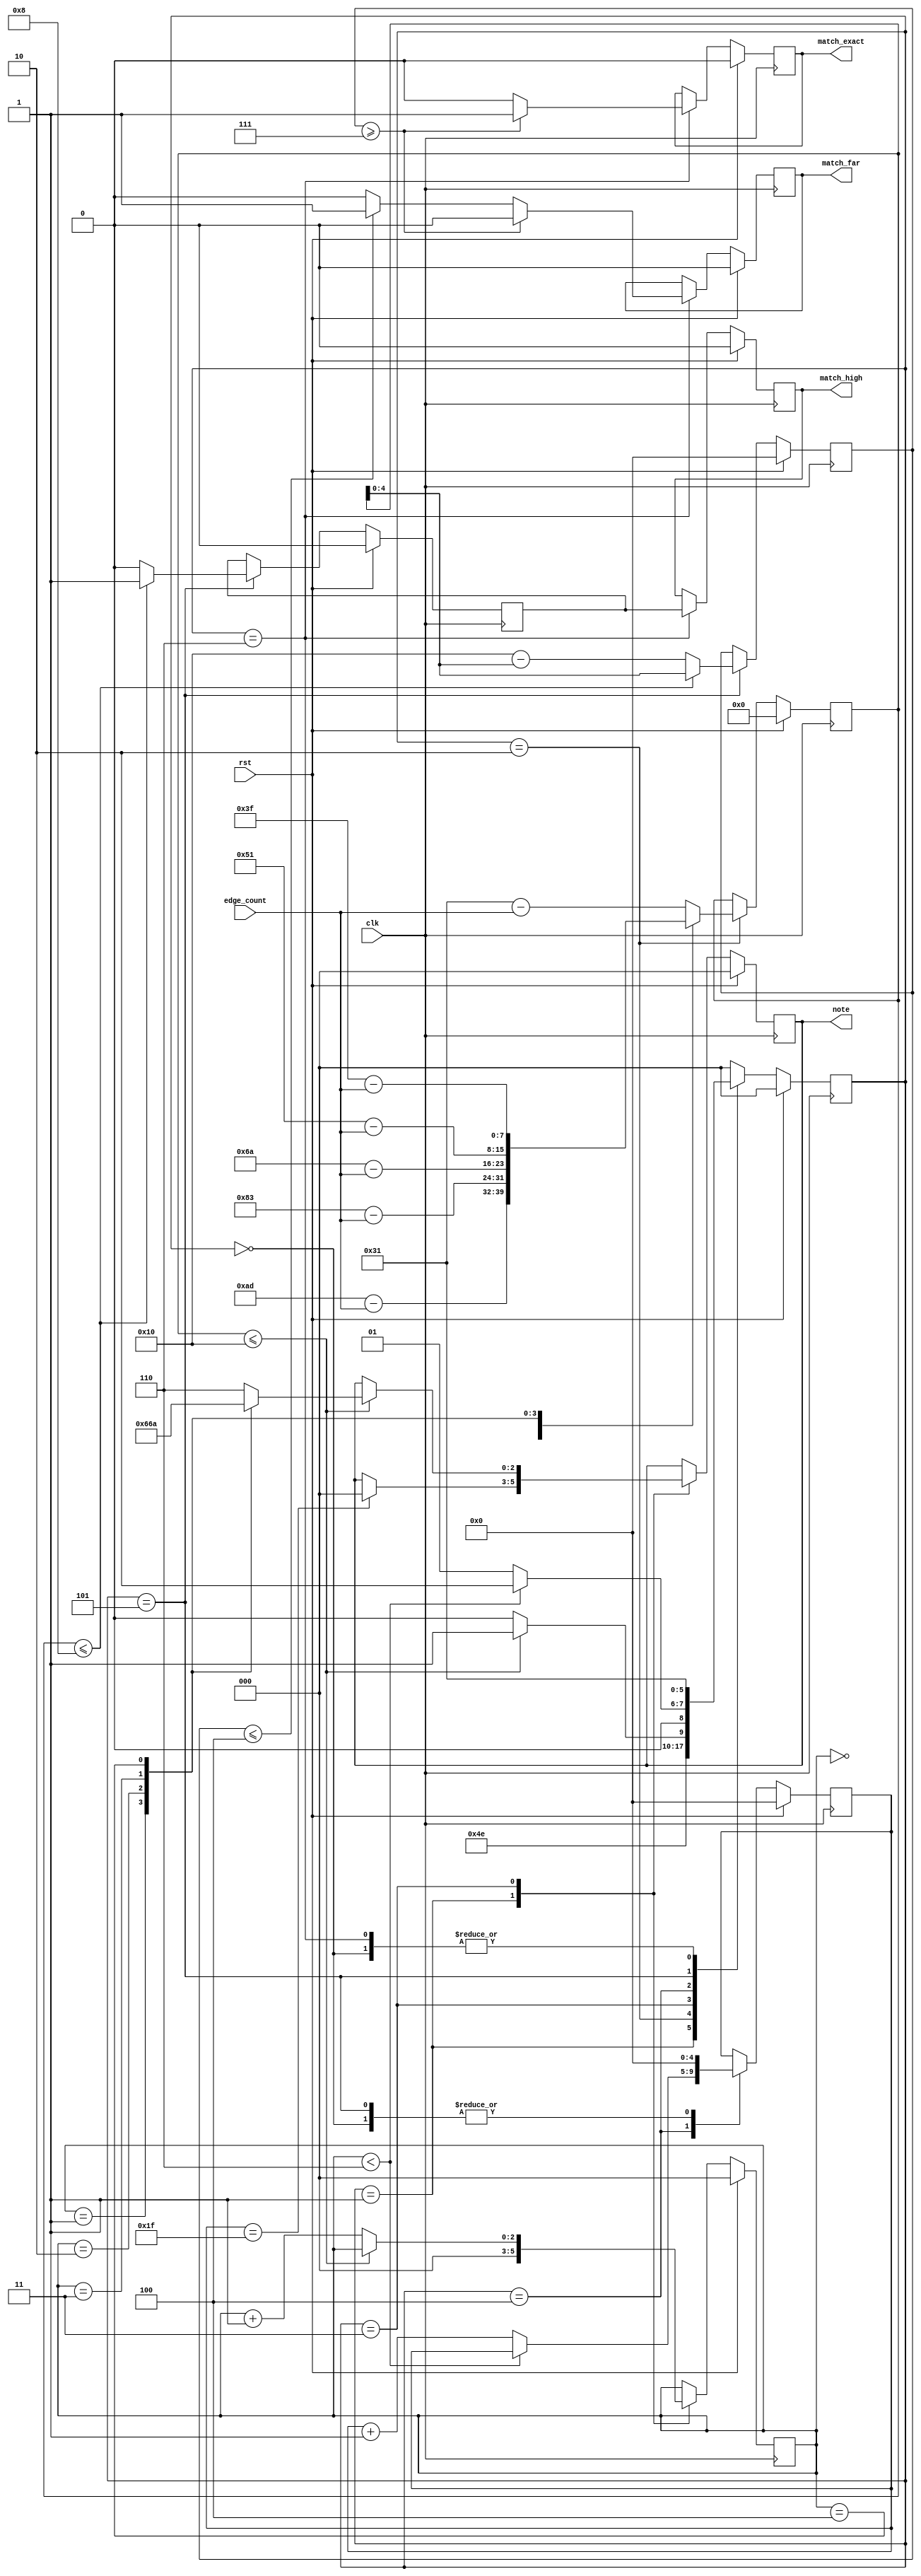
/*
    Neptune v1.0.4 fixed 32Hz window, for tinytapeout3.
    Copyright (C) 2023 Pat Deegan, https://psychogenic.com
    This program is free software: you can redistribute it and/or modify
    it under the terms of the GNU General Public License as published by
    the Free Software Foundation, either version 3 of the License, or
    (at your option) any later version.
    This program is distributed in the hope that it will be useful,
    but WITHOUT ANY WARRANTY; without even the implied warranty of
    MERCHANTABILITY or FITNESS FOR A PARTICULAR PURPOSE.  See the
    GNU General Public License for more details.
    You should have received a copy of the GNU General Public License
    along with this program.  If not, see <https://www.gnu.org/licenses/>.
*/


`default_nettype none
`timescale 1ns/1ps
/* Generated by Yosys 0.28+1 (git sha1 a9c792dce, clang 10.0.0-4ubuntu1 -fPIC -Os) */

module discriminator(rst, edge_count, note, match_exact, match_high, match_far, clk);
  reg \$auto$verilog_backend.cc:2097:dump_module$1  = 0;
  wire \$1 ;
  wire \$10 ;
  wire [3:0] \$12 ;
  wire [3:0] \$13 ;
  wire \$15 ;
  wire \$17 ;
  wire [8:0] \$19 ;
  wire [8:0] \$20 ;
  wire [8:0] \$21 ;
  wire [8:0] \$23 ;
  wire [8:0] \$24 ;
  wire [8:0] \$26 ;
  wire [8:0] \$27 ;
  wire [8:0] \$29 ;
  wire \$3 ;
  wire [8:0] \$30 ;
  wire [8:0] \$32 ;
  wire [8:0] \$33 ;
  wire [8:0] \$35 ;
  wire [8:0] \$36 ;
  wire \$38 ;
  wire [8:0] \$40 ;
  wire [8:0] \$41 ;
  wire \$43 ;
  wire \$45 ;
  wire \$47 ;
  wire \$49 ;
  wire \$5 ;
  wire [5:0] \$7 ;
  wire [5:0] \$8 ;
  input clk;
  wire clk;
  reg [2:0] curNoteIndex = 3'h0;
  reg [2:0] \curNoteIndex$next ;
  (* enum_base_type = "DiscriminatorState" *)
  (* enum_value_000 = "PowerUp" *)
  (* enum_value_001 = "Init" *)
  (* enum_value_010 = "CalculateDiffFromTarget" *)
  (* enum_value_011 = "Compare" *)
  (* enum_value_100 = "MovedToNextCheckBounds" *)
  (* enum_value_101 = "DetectedValidNote" *)
  (* enum_value_110 = "DisplayResult" *)
  reg [2:0] curState = 3'h0;
  reg [2:0] \curState$next ;
  input [7:0] edge_count;
  wire [7:0] edge_count;
  reg inputFreqHigher = 1'h0;
  reg \inputFreqHigher$next ;
  output match_exact;
  reg match_exact = 1'h0;
  reg \match_exact$next ;
  output match_far;
  reg match_far = 1'h0;
  reg \match_far$next ;
  output match_high;
  reg match_high = 1'h0;
  reg \match_high$next ;
  reg [4:0] noMatchCount = 5'h00;
  reg [4:0] \noMatchCount$next ;
  output [2:0] note;
  reg [2:0] note = 3'h0;
  reg [2:0] \note$next ;
  reg [4:0] readingProximityResult = 5'h00;
  reg [4:0] \readingProximityResult$next ;
  input rst;
  wire rst;
  reg [7:0] subtractResult = 8'h00;
  reg [7:0] \subtractResult$next ;
  assign \$10  = subtractResult <= 5'h10;
  assign \$13  = curNoteIndex + 1'h1;
  assign \$15  = noMatchCount == 5'h1f;
  assign \$17  = subtractResult <= 5'h10;
  assign \$1  = subtractResult <= 5'h10;
  assign \$21  = 8'had - edge_count;
  assign \$24  = 8'h83 - edge_count;
  assign \$27  = 8'h6a - edge_count;
  assign \$30  = 8'h51 - edge_count;
  assign \$33  = 8'h3f - edge_count;
  assign \$36  = 8'h31 - edge_count;
  assign \$38  = subtractResult <= 4'h8;
  assign \$3  = curNoteIndex < 3'h6;
  assign \$41  = 5'h10 - subtractResult;
  assign \$43  = subtractResult <= 4'h8;
  assign \$45  = readingProximityResult >= 3'h7;
  assign \$47  = readingProximityResult >= 3'h7;
  assign \$49  = readingProximityResult <= 3'h4;
  always @(posedge clk)
    curState <= \curState$next ;
  always @(posedge clk)
    noMatchCount <= \noMatchCount$next ;
  always @(posedge clk)
    curNoteIndex <= \curNoteIndex$next ;
  always @(posedge clk)
    note <= \note$next ;
  always @(posedge clk)
    subtractResult <= \subtractResult$next ;
  always @(posedge clk)
    readingProximityResult <= \readingProximityResult$next ;
  always @(posedge clk)
    inputFreqHigher <= \inputFreqHigher$next ;
  always @(posedge clk)
    match_exact <= \match_exact$next ;
  always @(posedge clk)
    match_far <= \match_far$next ;
  assign \$5  = curNoteIndex < 3'h6;
  always @(posedge clk)
    match_high <= \match_high$next ;
  assign \$8  = noMatchCount + 1'h1;
  always @* begin
    if (\$auto$verilog_backend.cc:2097:dump_module$1 ) begin end
    (* full_case = 32'd1 *)
    casez (curState)
      3'h0:
          \curState$next  = 3'h1;
      3'h1:
          \curState$next  = 3'h2;
      3'h2:
          \curState$next  = 3'h3;
      3'h3:
          (* full_case = 32'd1 *)
          casez (\$1 )
            1'h1:
                \curState$next  = 3'h5;
            default:
                \curState$next  = 3'h4;
          endcase
      3'h4:
          (* full_case = 32'd1 *)
          casez (\$3 )
            1'h1:
                \curState$next  = 3'h2;
            default:
                \curState$next  = 3'h1;
          endcase
      3'h5:
          \curState$next  = 3'h6;
      3'h6:
          \curState$next  = 3'h1;
      default:
          \curState$next  = 3'h0;
    endcase
    casez (rst)
      1'h1:
          \curState$next  = 3'h0;
    endcase
  end
  always @* begin
    if (\$auto$verilog_backend.cc:2097:dump_module$1 ) begin end
    \noMatchCount$next  = noMatchCount;
    casez (curState)
      3'h0:
          \noMatchCount$next  = 5'h00;
      3'h1:
          /* empty */;
      3'h2:
          /* empty */;
      3'h3:
          /* empty */;
      3'h4:
          (* full_case = 32'd1 *)
          casez (\$5 )
            1'h1:
                /* empty */;
            default:
                \noMatchCount$next  = \$8 [4:0];
          endcase
      3'h5:
          \noMatchCount$next  = 5'h00;
    endcase
    casez (rst)
      1'h1:
          \noMatchCount$next  = 5'h00;
    endcase
  end
  always @* begin
    if (\$auto$verilog_backend.cc:2097:dump_module$1 ) begin end
    \curNoteIndex$next  = curNoteIndex;
    casez (curState)
      3'h0:
          /* empty */;
      3'h1:
          \curNoteIndex$next  = 3'h0;
      3'h2:
          /* empty */;
      3'h3:
          (* full_case = 32'd1 *)
          casez (\$10 )
            1'h1:
                /* empty */;
            default:
                \curNoteIndex$next  = \$13 [2:0];
          endcase
    endcase
    casez (rst)
      1'h1:
          \curNoteIndex$next  = 3'h0;
    endcase
  end
  always @* begin
    if (\$auto$verilog_backend.cc:2097:dump_module$1 ) begin end
    \note$next  = note;
    casez (curState)
      3'h0:
          /* empty */;
      3'h1:
          casez (\$15 )
            1'h1:
                \note$next  = 3'h0;
          endcase
      3'h2:
          /* empty */;
      3'h3:
          casez (\$17 )
            1'h1:
                (* full_case = 32'd1 *)
                casez (curNoteIndex)
                  3'h0:
                      \note$next  = 3'h6;
                  3'h1:
                      \note$next  = 3'h3;
                  3'h2:
                      \note$next  = 3'h1;
                  3'h3:
                      \note$next  = 3'h5;
                  3'h4:
                      \note$next  = 3'h2;
                  3'h?:
                      \note$next  = 3'h6;
                endcase
          endcase
    endcase
    casez (rst)
      1'h1:
          \note$next  = 3'h0;
    endcase
  end
  always @* begin
    if (\$auto$verilog_backend.cc:2097:dump_module$1 ) begin end
    \subtractResult$next  = subtractResult;
    casez (curState)
      3'h0:
          /* empty */;
      3'h1:
          /* empty */;
      3'h2:
          (* full_case = 32'd1 *)
          casez (curNoteIndex)
            3'h0:
                \subtractResult$next  = \$21 [7:0];
            3'h1:
                \subtractResult$next  = \$24 [7:0];
            3'h2:
                \subtractResult$next  = \$27 [7:0];
            3'h3:
                \subtractResult$next  = \$30 [7:0];
            3'h4:
                \subtractResult$next  = \$33 [7:0];
            3'h?:
                \subtractResult$next  = \$36 [7:0];
          endcase
    endcase
    casez (rst)
      1'h1:
          \subtractResult$next  = 8'h00;
    endcase
  end
  always @* begin
    if (\$auto$verilog_backend.cc:2097:dump_module$1 ) begin end
    \readingProximityResult$next  = readingProximityResult;
    casez (curState)
      3'h0:
          /* empty */;
      3'h1:
          /* empty */;
      3'h2:
          /* empty */;
      3'h3:
          /* empty */;
      3'h4:
          /* empty */;
      3'h5:
          (* full_case = 32'd1 *)
          casez (\$38 )
            1'h1:
                \readingProximityResult$next  = subtractResult[4:0];
            default:
                \readingProximityResult$next  = \$41 [4:0];
          endcase
    endcase
    casez (rst)
      1'h1:
          \readingProximityResult$next  = 5'h00;
    endcase
  end
  always @* begin
    if (\$auto$verilog_backend.cc:2097:dump_module$1 ) begin end
    \inputFreqHigher$next  = inputFreqHigher;
    casez (curState)
      3'h0:
          /* empty */;
      3'h1:
          /* empty */;
      3'h2:
          /* empty */;
      3'h3:
          /* empty */;
      3'h4:
          /* empty */;
      3'h5:
          (* full_case = 32'd1 *)
          casez (\$43 )
            1'h1:
                \inputFreqHigher$next  = 1'h1;
            default:
                \inputFreqHigher$next  = 1'h0;
          endcase
    endcase
    casez (rst)
      1'h1:
          \inputFreqHigher$next  = 1'h0;
    endcase
  end
  always @* begin
    if (\$auto$verilog_backend.cc:2097:dump_module$1 ) begin end
    \match_exact$next  = match_exact;
    casez (curState)
      3'h0:
          /* empty */;
      3'h1:
          /* empty */;
      3'h2:
          /* empty */;
      3'h3:
          /* empty */;
      3'h4:
          /* empty */;
      3'h5:
          /* empty */;
      3'h6:
          (* full_case = 32'd1 *)
          casez (\$45 )
            1'h1:
                \match_exact$next  = 1'h1;
            default:
                \match_exact$next  = 1'h0;
          endcase
    endcase
    casez (rst)
      1'h1:
          \match_exact$next  = 1'h0;
    endcase
  end
  always @* begin
    if (\$auto$verilog_backend.cc:2097:dump_module$1 ) begin end
    \match_far$next  = match_far;
    casez (curState)
      3'h0:
          /* empty */;
      3'h1:
          /* empty */;
      3'h2:
          /* empty */;
      3'h3:
          /* empty */;
      3'h4:
          /* empty */;
      3'h5:
          /* empty */;
      3'h6:
          (* full_case = 32'd1 *)
          casez (\$47 )
            1'h1:
                \match_far$next  = 1'h0;
            default:
                (* full_case = 32'd1 *)
                casez (\$49 )
                  1'h1:
                      \match_far$next  = 1'h1;
                  default:
                      \match_far$next  = 1'h0;
                endcase
          endcase
    endcase
    casez (rst)
      1'h1:
          \match_far$next  = 1'h0;
    endcase
  end
  always @* begin
    if (\$auto$verilog_backend.cc:2097:dump_module$1 ) begin end
    \match_high$next  = match_high;
    casez (curState)
      3'h0:
          /* empty */;
      3'h1:
          /* empty */;
      3'h2:
          /* empty */;
      3'h3:
          /* empty */;
      3'h4:
          /* empty */;
      3'h5:
          /* empty */;
      3'h6:
          \match_high$next  = inputFreqHigher;
    endcase
    casez (rst)
      1'h1:
          \match_high$next  = 1'h0;
    endcase
  end
  assign \$7  = \$8 ;
  assign \$12  = \$13 ;
  assign \$20  = \$21 ;
  assign \$23  = \$24 ;
  assign \$26  = \$27 ;
  assign \$29  = \$30 ;
  assign \$32  = \$33 ;
  assign \$35  = \$36 ;
  assign \$40  = \$41 ;
endmodule

module display(rst, valueNote, valueProxim, segments, proximitySelect, clk);
  reg \$auto$verilog_backend.cc:2097:dump_module$2  = 0;
  wire \$1 ;
  input clk;
  wire clk;
  wire [7:0] notedisplay_segments;
  reg [2:0] notedisplay_value = 3'h0;
  reg [2:0] \notedisplay_value$next ;
  wire [7:0] proxdisplay_segments;
  reg [2:0] proxdisplay_value = 3'h0;
  reg [2:0] \proxdisplay_value$next ;
  output proximitySelect;
  reg proximitySelect = 1'h0;
  reg \proximitySelect$next ;
  input rst;
  wire rst;
  output [7:0] segments;
  reg [7:0] segments = 8'h00;
  reg [7:0] \segments$next ;
  input [2:0] valueNote;
  wire [2:0] valueNote;
  input [2:0] valueProxim;
  wire [2:0] valueProxim;
  assign \$1  = ! valueNote;
  always @(posedge clk)
    notedisplay_value <= \notedisplay_value$next ;
  always @(posedge clk)
    proxdisplay_value <= \proxdisplay_value$next ;
  always @(posedge clk)
    proximitySelect <= \proximitySelect$next ;
  always @(posedge clk)
    segments <= \segments$next ;
  notedisplay notedisplay (
    .clk(clk),
    .rst(rst),
    .segments(notedisplay_segments),
    .value(notedisplay_value)
  );
  proxdisplay proxdisplay (
    .clk(clk),
    .rst(rst),
    .segments(proxdisplay_segments),
    .value(proxdisplay_value)
  );
  always @* begin
    if (\$auto$verilog_backend.cc:2097:dump_module$2 ) begin end
    \notedisplay_value$next  = valueNote;
    casez (rst)
      1'h1:
          \notedisplay_value$next  = 3'h0;
    endcase
  end
  always @* begin
    if (\$auto$verilog_backend.cc:2097:dump_module$2 ) begin end
    \proxdisplay_value$next  = valueProxim;
    casez (rst)
      1'h1:
          \proxdisplay_value$next  = 3'h0;
    endcase
  end
  always @* begin
    if (\$auto$verilog_backend.cc:2097:dump_module$2 ) begin end
    \proximitySelect$next  = 1'h1;
    casez (proximitySelect)
      1'h1:
          \proximitySelect$next  = 1'h0;
    endcase
    casez (rst)
      1'h1:
          \proximitySelect$next  = 1'h0;
    endcase
  end
  always @* begin
    if (\$auto$verilog_backend.cc:2097:dump_module$2 ) begin end
    (* full_case = 32'd1 *)
    casez (proximitySelect)
      1'h1:
          (* full_case = 32'd1 *)
          casez (\$1 )
            1'h1:
                \segments$next  = notedisplay_segments;
            default:
                \segments$next  = proxdisplay_segments;
          endcase
      default:
          \segments$next  = notedisplay_segments;
    endcase
    casez (rst)
      1'h1:
          \segments$next  = 8'h00;
    endcase
  end
endmodule

module edge_detect(rst, \input , \output , clk);
  reg \$auto$verilog_backend.cc:2097:dump_module$3  = 0;
  wire \$1 ;
  wire \$3 ;
  input clk;
  wire clk;
  wire ffsync_syncOut;
  input \input ;
  wire \input ;
  output \output ;
  reg \output  = 1'h0;
  reg \output$next ;
  input rst;
  wire rst;
  reg seenRising = 1'h0;
  reg \seenRising$next ;
  assign \$1  = ~ seenRising;
  assign \$3  = ~ seenRising;
  always @(posedge clk)
    \output  <= \output$next ;
  always @(posedge clk)
    seenRising <= \seenRising$next ;
  ffsync ffsync (
    .clk(clk),
    .\input (\input ),
    .rst(rst),
    .syncOut(ffsync_syncOut)
  );
  always @* begin
    if (\$auto$verilog_backend.cc:2097:dump_module$3 ) begin end
    \output$next  = 1'h0;
    casez (ffsync_syncOut)
      1'h1:
          casez (\$1 )
            1'h1:
                \output$next  = 1'h1;
          endcase
    endcase
    casez (rst)
      1'h1:
          \output$next  = 1'h0;
    endcase
  end
  always @* begin
    if (\$auto$verilog_backend.cc:2097:dump_module$3 ) begin end
    \seenRising$next  = seenRising;
    (* full_case = 32'd1 *)
    casez (ffsync_syncOut)
      1'h1:
          casez (\$3 )
            1'h1:
                \seenRising$next  = 1'h1;
          endcase
      default:
          \seenRising$next  = 1'h0;
    endcase
    casez (rst)
      1'h1:
          \seenRising$next  = 1'h0;
    endcase
  end
endmodule

module ffsync(rst, \input , syncOut, clk);
  input clk;
  wire clk;
  input \input ;
  wire \input ;
  input rst;
  wire rst;
  reg stage0 = 1'h0;
  wire \stage0$next ;
  reg stage1 = 1'h0;
  wire \stage1$next ;
  output syncOut;
  wire syncOut;
  always @(posedge clk)
    stage0 <= \stage0$next ;
  always @(posedge clk)
    stage1 <= \stage1$next ;
  assign syncOut = stage1;
  assign \stage1$next  = stage0;
  assign \stage0$next  = \input ;
endmodule

module notedisplay(rst, value, segments, clk);
  reg \$auto$verilog_backend.cc:2097:dump_module$4  = 0;
  wire \$1 ;
  input clk;
  wire clk;
  input rst;
  wire rst;
  output [7:0] segments;
  reg [7:0] segments = 8'h00;
  reg [7:0] \segments$next ;
  input [2:0] value;
  wire [2:0] value;
  assign \$1  = value < 4'h8;
  always @(posedge clk)
    segments <= \segments$next ;
  always @* begin
    if (\$auto$verilog_backend.cc:2097:dump_module$4 ) begin end
    \segments$next  = 8'h00;
    casez (\$1 )
      1'h1:
          (* full_case = 32'd1 *)
          casez (value)
            3'h0:
                \segments$next  = 8'h02;
            3'h1:
                \segments$next  = 8'hf6;
            3'h2:
                \segments$next  = 8'hee;
            3'h3:
                \segments$next  = 8'h3e;
            3'h4:
                \segments$next  = 8'h9c;
            3'h5:
                \segments$next  = 8'h7a;
            3'h6:
                \segments$next  = 8'h9e;
            3'h?:
                \segments$next  = 8'h8e;
          endcase
    endcase
    casez (rst)
      1'h1:
          \segments$next  = 8'h00;
    endcase
  end
endmodule

module proxdisplay(rst, value, segments, clk);
  reg \$auto$verilog_backend.cc:2097:dump_module$5  = 0;
  wire \$1 ;
  input clk;
  wire clk;
  input rst;
  wire rst;
  output [7:0] segments;
  reg [7:0] segments = 8'h00;
  reg [7:0] \segments$next ;
  input [2:0] value;
  wire [2:0] value;
  assign \$1  = value < 4'h8;
  always @(posedge clk)
    segments <= \segments$next ;
  always @* begin
    if (\$auto$verilog_backend.cc:2097:dump_module$5 ) begin end
    \segments$next  = 8'h00;
    casez (\$1 )
      1'h1:
          (* full_case = 32'd1 *)
          casez (value)
            3'h0:
                \segments$next  = 8'h2a;
            3'h1:
                \segments$next  = 8'h01;
            3'h2:
                \segments$next  = 8'h46;
            3'h3:
                \segments$next  = 8'h01;
            3'h4:
                \segments$next  = 8'h38;
            3'h5:
                \segments$next  = 8'h01;
            3'h6:
                \segments$next  = 8'hc4;
            3'h?:
                \segments$next  = 8'h01;
          endcase
    endcase
    casez (rst)
      1'h1:
          \segments$next  = 8'h00;
    endcase
  end
endmodule

module psychogenic_neptunefixed(io_in, io_out);
  wire input_pulses;
  input [7:0] io_in;
  wire [7:0] io_in;
  output [7:0] io_out;
  wire [7:0] io_out;
  wire tuner_clk;
  wire [1:0] tuner_clock_config;
  wire [7:0] tuner_displaySegments;
  wire tuner_displaySelect;
  wire tuner_input_pulses;
  wire tuner_rst;
  tuner tuner (
    .clk(tuner_clk),
    .clock_config(tuner_clock_config),
    .displaySegments(tuner_displaySegments),
    .displaySelect(tuner_displaySelect),
    .input_pulses(tuner_input_pulses),
    .rst(tuner_rst)
  );
  assign io_out = { tuner_displaySelect, tuner_displaySegments[7:1] };
  assign tuner_input_pulses = input_pulses;
  assign tuner_clock_config = io_in[3:2];
  assign tuner_rst = io_in[1];
  assign tuner_clk = io_in[0];
  assign input_pulses = io_in[4];
endmodule

module pulsecounter(rst, \input , clock_config, pulseCount, clk);
  reg \$auto$verilog_backend.cc:2097:dump_module$6  = 0;
  wire [11:0] \$1 ;
  wire \$10 ;
  wire [11:0] \$12 ;
  wire [11:0] \$13 ;
  wire [11:0] \$2 ;
  wire \$4 ;
  wire \$6 ;
  wire \$8 ;
  input clk;
  wire clk;
  reg [10:0] clockCount = 11'h000;
  reg [10:0] \clockCount$next ;
  input [1:0] clock_config;
  wire [1:0] clock_config;
  wire edge_detect_input;
  wire edge_detect_output;
  input \input ;
  wire \input ;
  output [10:0] pulseCount;
  reg [10:0] pulseCount = 11'h000;
  reg [10:0] \pulseCount$next ;
  input rst;
  wire rst;
  reg [10:0] runningPulseCount = 11'h000;
  reg [10:0] \runningPulseCount$next ;
  reg [10:0] singlePeriodClockCount = 11'h000;
  reg [10:0] \singlePeriodClockCount$next ;
  assign \$10  = ! clockCount;
  assign \$13  = runningPulseCount + 1'h1;
  always @(posedge clk)
    clockCount <= \clockCount$next ;
  always @(posedge clk)
    singlePeriodClockCount <= \singlePeriodClockCount$next ;
  always @(posedge clk)
    pulseCount <= \pulseCount$next ;
  always @(posedge clk)
    runningPulseCount <= \runningPulseCount$next ;
  assign \$2  = clockCount + 1'h1;
  assign \$4  = clockCount == singlePeriodClockCount;
  assign \$6  = clockCount == singlePeriodClockCount;
  assign \$8  = clockCount == singlePeriodClockCount;
  edge_detect edge_detect (
    .clk(clk),
    .\input (edge_detect_input),
    .\output (edge_detect_output),
    .rst(rst)
  );
  always @* begin
    if (\$auto$verilog_backend.cc:2097:dump_module$6 ) begin end
    \clockCount$next  = \$2 [10:0];
    casez (\$4 )
      1'h1:
          \clockCount$next  = 11'h000;
    endcase
    casez (rst)
      1'h1:
          \clockCount$next  = 11'h000;
    endcase
  end
  always @* begin
    if (\$auto$verilog_backend.cc:2097:dump_module$6 ) begin end
    (* full_case = 32'd1 *)
    casez (clock_config)
      2'h0:
          \singlePeriodClockCount$next  = 11'h1f4;
      2'h1:
          \singlePeriodClockCount$next  = 11'h3e8;
      2'h3:
          \singlePeriodClockCount$next  = 11'h667;
      2'h2:
          \singlePeriodClockCount$next  = 11'h7d0;
    endcase
    casez (rst)
      1'h1:
          \singlePeriodClockCount$next  = 11'h000;
    endcase
  end
  always @* begin
    if (\$auto$verilog_backend.cc:2097:dump_module$6 ) begin end
    \pulseCount$next  = pulseCount;
    casez (\$6 )
      1'h1:
          \pulseCount$next  = runningPulseCount;
    endcase
    casez (rst)
      1'h1:
          \pulseCount$next  = 11'h000;
    endcase
  end
  always @* begin
    if (\$auto$verilog_backend.cc:2097:dump_module$6 ) begin end
    \runningPulseCount$next  = runningPulseCount;
    (* full_case = 32'd1 *)
    casez (\$8 )
      1'h1:
          /* empty */;
      default:
          (* full_case = 32'd1 *)
          casez (\$10 )
            1'h1:
                (* full_case = 32'd1 *)
                casez (edge_detect_output)
                  1'h1:
                      \runningPulseCount$next  = 11'h001;
                  default:
                      \runningPulseCount$next  = 11'h000;
                endcase
            default:
                casez (edge_detect_output)
                  1'h1:
                      \runningPulseCount$next  = \$13 [10:0];
                endcase
          endcase
    endcase
    casez (rst)
      1'h1:
          \runningPulseCount$next  = 11'h000;
    endcase
  end
  assign \$1  = \$2 ;
  assign \$12  = \$13 ;
  assign edge_detect_input = \input ;
endmodule

module tuner(rst, clock_config, input_pulses, displaySegments, displaySelect, clk);
  input clk;
  wire clk;
  input [1:0] clock_config;
  wire [1:0] clock_config;
  wire [7:0] discriminator_edge_count;
  wire discriminator_match_exact;
  wire discriminator_match_far;
  wire discriminator_match_high;
  wire [2:0] discriminator_note;
  output [7:0] displaySegments;
  wire [7:0] displaySegments;
  output displaySelect;
  wire displaySelect;
  wire display_proximitySelect;
  wire [7:0] display_segments;
  wire [2:0] display_valueNote;
  wire [2:0] display_valueProxim;
  input input_pulses;
  wire input_pulses;
  wire [1:0] pulsecounter_clock_config;
  wire pulsecounter_input;
  wire [10:0] pulsecounter_pulseCount;
  input rst;
  wire rst;
  discriminator discriminator (
    .clk(clk),
    .edge_count(discriminator_edge_count),
    .match_exact(discriminator_match_exact),
    .match_far(discriminator_match_far),
    .match_high(discriminator_match_high),
    .note(discriminator_note),
    .rst(rst)
  );
  display display (
    .clk(clk),
    .proximitySelect(display_proximitySelect),
    .rst(rst),
    .segments(display_segments),
    .valueNote(display_valueNote),
    .valueProxim(display_valueProxim)
  );
  pulsecounter pulsecounter (
    .clk(clk),
    .clock_config(pulsecounter_clock_config),
    .\input (pulsecounter_input),
    .pulseCount(pulsecounter_pulseCount),
    .rst(rst)
  );
  assign displaySelect = display_proximitySelect;
  assign displaySegments = display_segments;
  assign display_valueProxim = { discriminator_match_far, discriminator_match_high, discriminator_match_exact };
  assign display_valueNote = discriminator_note;
  assign discriminator_edge_count = pulsecounter_pulseCount[7:0];
  assign pulsecounter_clock_config = clock_config;
  assign pulsecounter_input = input_pulses;
endmodule